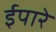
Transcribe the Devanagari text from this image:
ईपारे